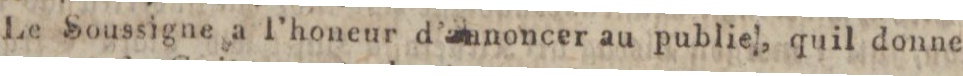
Le Soussigne a l’honeur d’annoncer au public, quil donne